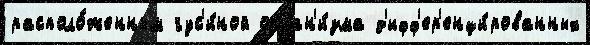
располо́женным гус'и́ной орган'и́зма д'ифф'ер'енци́рованных